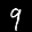
Label: 9